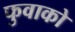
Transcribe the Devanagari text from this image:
फुवाको